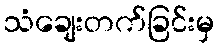
သံချေးတက်ခြင်းမှ